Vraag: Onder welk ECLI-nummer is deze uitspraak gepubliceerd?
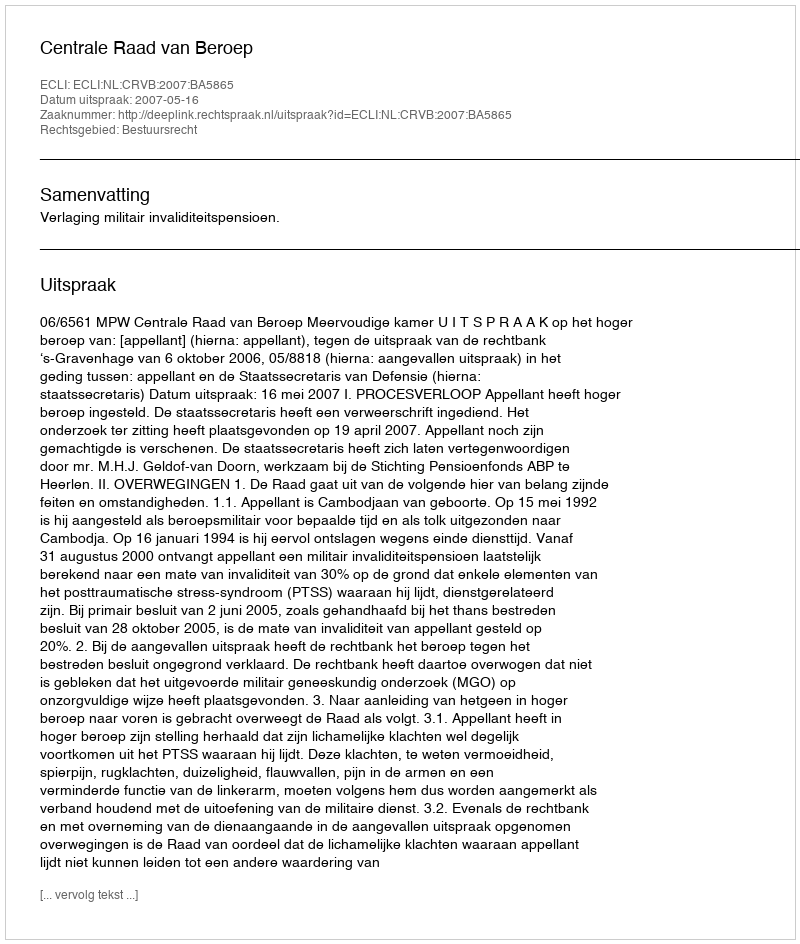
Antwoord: ECLI:NL:CRVB:2007:BA5865